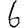
Digit: 6